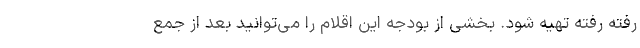
رفته رفته تهیه شود. بخشی از بودجه این اقلام را می‌توانید بعد از جمع